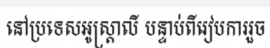
នៅប្រទេសអូស្ត្រាលី បន្ទាប់ពីរៀបការរួច